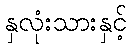
နှလုံးသားနှင့်